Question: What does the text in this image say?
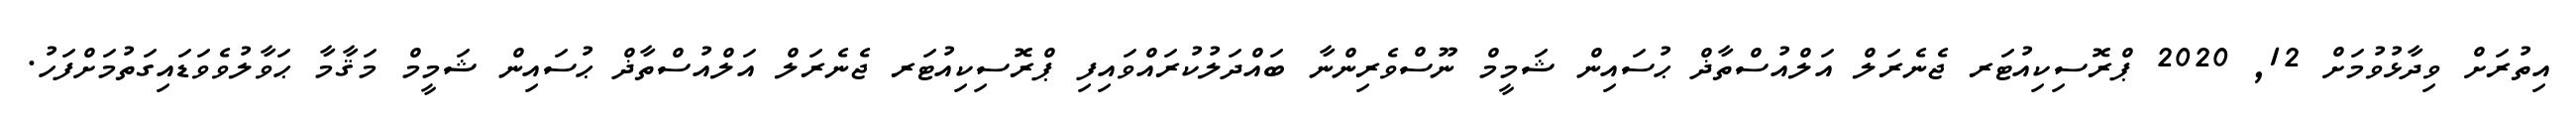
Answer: އިތުރަށް ވިދާޅުވުމަށް 12, 2020 ޕްރޮސިކިއުޓަރ ޖެނެރަލް އަލްއުސްތާޛް ޙުސައިން ޝަމީމް ނޫސްވެރިންނާ ބައްދަލުކުރައްވައިފި ޕްރޮސިކިއުޓަރ ޖެނެރަލް އަލްއުސްތާޛް ޙުސައިން ޝަމީމް މަޤާމާ ޙަވާލުވެވަޑައިގަތުމަށްފަހު.